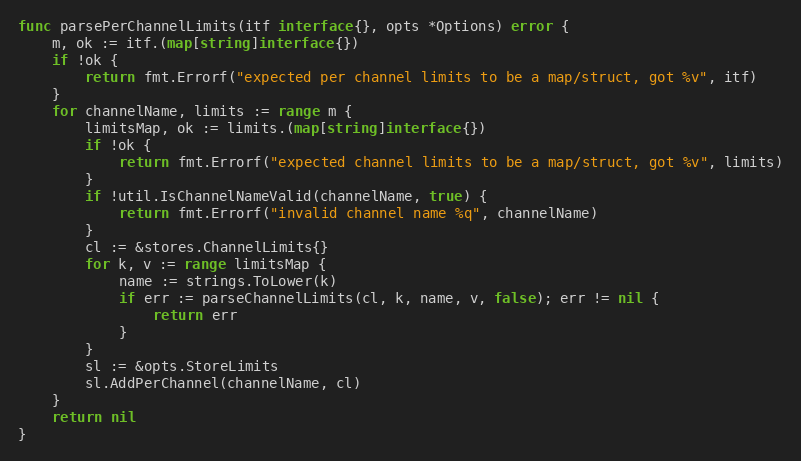
Language: Go
func parsePerChannelLimits(itf interface{}, opts *Options) error {
	m, ok := itf.(map[string]interface{})
	if !ok {
		return fmt.Errorf("expected per channel limits to be a map/struct, got %v", itf)
	}
	for channelName, limits := range m {
		limitsMap, ok := limits.(map[string]interface{})
		if !ok {
			return fmt.Errorf("expected channel limits to be a map/struct, got %v", limits)
		}
		if !util.IsChannelNameValid(channelName, true) {
			return fmt.Errorf("invalid channel name %q", channelName)
		}
		cl := &stores.ChannelLimits{}
		for k, v := range limitsMap {
			name := strings.ToLower(k)
			if err := parseChannelLimits(cl, k, name, v, false); err != nil {
				return err
			}
		}
		sl := &opts.StoreLimits
		sl.AddPerChannel(channelName, cl)
	}
	return nil
}